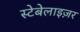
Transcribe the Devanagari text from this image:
स्टेबेलाइज़र